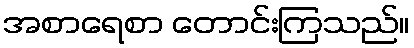
အစာရေစာ တောင်းကြသည်။